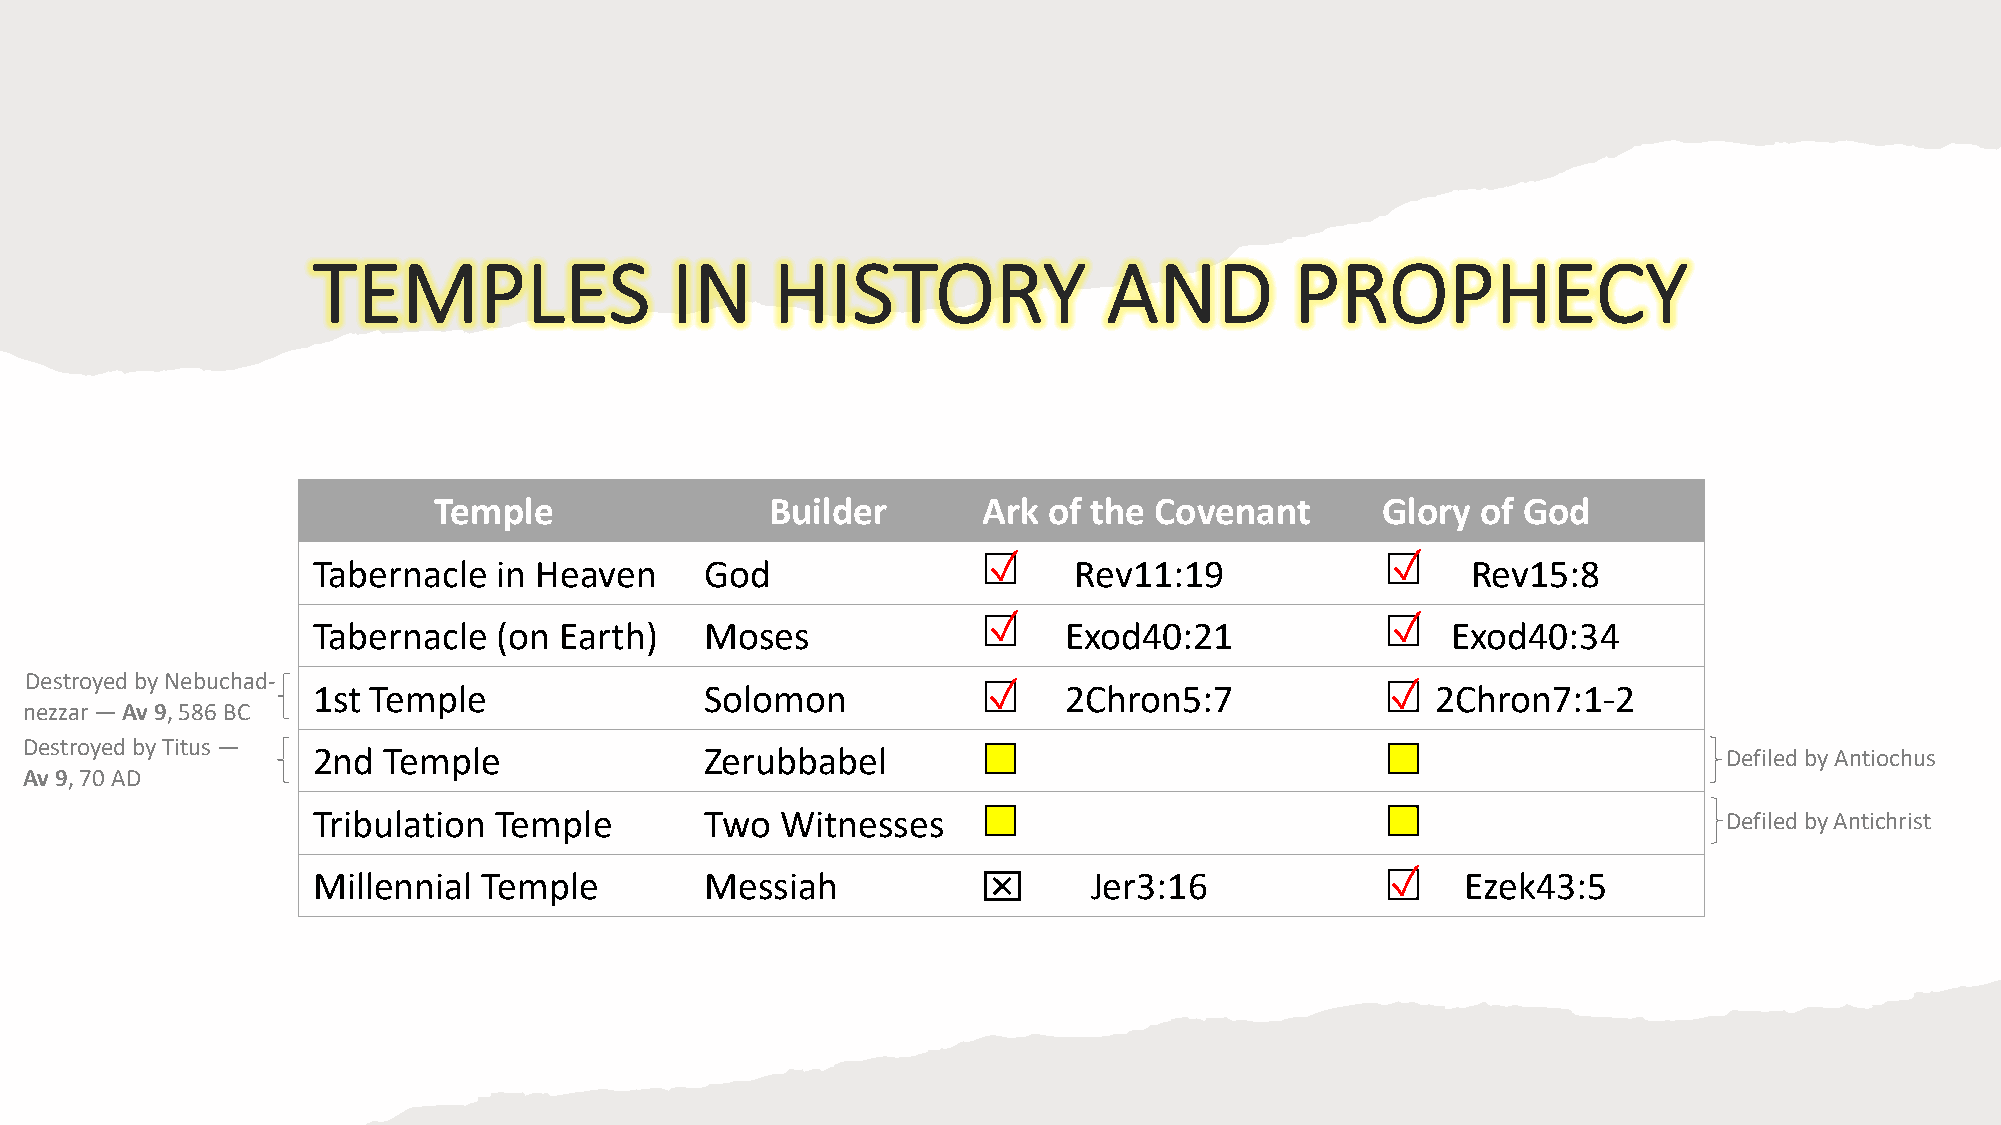
TEMPLES                IN     HISTORY               AND          PROPHECY
 Temple                Builder       Ark of the Covenant       Glory  of God
 ✓                          ✓
 Tabernacle  in Heaven     God                     Rev11:19                  Rev15:8
 ✓                          ✓
 Tabernacle  (on Earth)    Moses                  Exod40:21                 Exod40:34
 Destroyed by Nebuchad-
 1st Temple                Solomon           ✓    2Chron5:7             ✓  2Chron7:1-2
 nezzar—Av 9, 586 BC
 Destroyed by Titus —
 2nd Temple                Zerubbabel                                                         Defiled by Antiochus
 Av 9, 70 AD
 Tribulation Temple        Two  Witnesses                                                     Defiled by Antichrist
 Millennial Temple         Messiah           x      Jer3:16             ✓    Ezek43:5